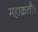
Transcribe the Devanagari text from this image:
महाक्रतौ।